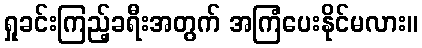
ရှုခင်းကြည့်ခရီးအတွက် အကြံပေးနိုင်မလား။